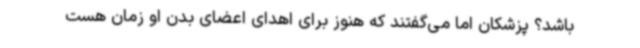
باشد؟ پزشکان اما می‌گفتند که هنوز برای اهدای اعضای بدن او زمان هست